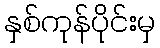
နှစ်ကုန်ပိုင်းမှ